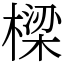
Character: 樑